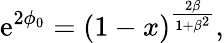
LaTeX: \mathrm{e}^{2\phi_{0}}=(1-x)^{\frac{2\beta}{1+\beta^{2}}},